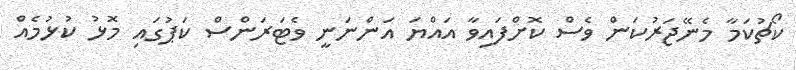
ކޯޗުކަމާ މެނޭޖަރުކަން ވެސް ކޮށްފައިވާ އައްޔަ އަންނަނީ ވެޓަރަންސް ކަޕުގައި މޮޅު ކުޅުމެއް